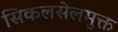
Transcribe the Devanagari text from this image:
सिकलसेलमुक्त